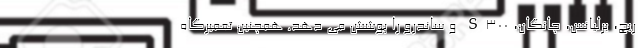
ریچ، برلیانس، چانگان، S300 و ساندرو را پوشش می دهد. همچنین تعمیرگاه